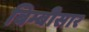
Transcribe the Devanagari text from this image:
बिम्बीसार